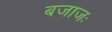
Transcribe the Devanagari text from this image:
बजाजः